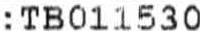
: TB011530